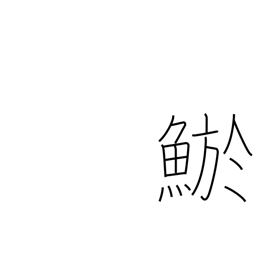
Meaning: loach